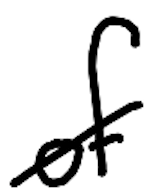
Text: of
Cross-out: diagonal
Writing tool: digital_black